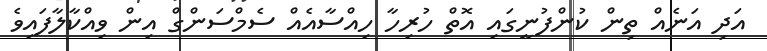
އަދި އަނެއް ތިން ކުންފުނީގައި އޮތް ހުރިހާ ހިއްސާއެއް ސެމްސަންގް އިން ވިއްކާލާފައިވެ